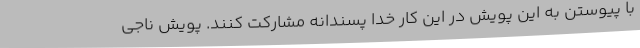
با پیوستن به این پویش در این کار خدا پسندانه مشارکت کنند. پویش ناجی